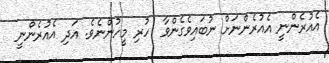
އެއުރެންނީ އެއުރެންނަށް ނުބައިވެގެންވާ  ހުރި މީހުންނެވެ. އަދި އެއުރެންނީ